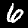
Digit: 6